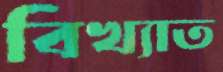
বিখ্যাত